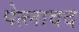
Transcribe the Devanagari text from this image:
पेत्लावद